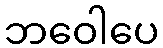
ဘဝေါပေ